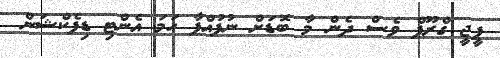
ޕީޖީ ގްރޫޕް ވެސް ދެން މާ ބޮޑަށް ނުފުއްޕާ ހަމަ އެންޓި ޑިފެކްޝަން